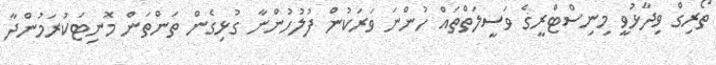
ތޯރިގް ވިދާޅުވީ މިނިސްޓްރީގެ ވަސީލަތްތައް ހުންނަ ވަރަކުން ފުލުހުންނާ ގުޅިގެން ތަންތަން މޮނިޓަކުރަމުންދާ